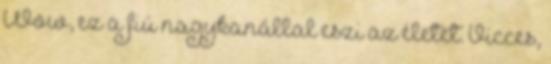
Wow, ez a fiú nagykanállal eszi az életet. Vicces,